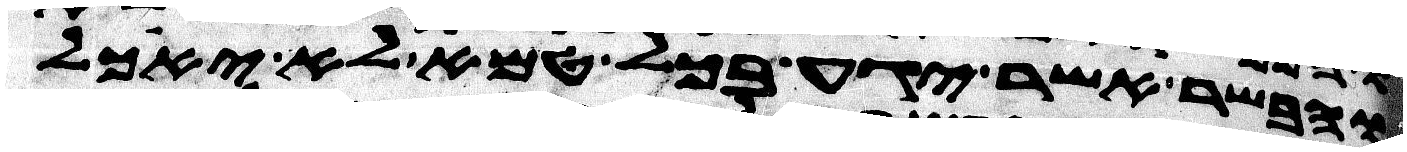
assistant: והבשר אשר יגע בכל טמא לא יאכל